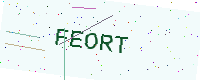
Text: FEORT